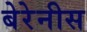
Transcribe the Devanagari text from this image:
बेरेनीस